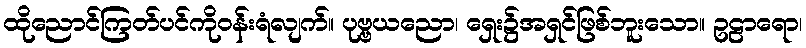
ထိုညောင်ကြတ်ပင်ကိုဝန်းရံလျက်။ ပုဗ္ဗယညော၊ ရှေး၌အရှင်ဖြစ်ဘူးသော။ ဥဠာရော၊